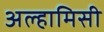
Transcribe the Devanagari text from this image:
अल्हामिसी